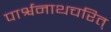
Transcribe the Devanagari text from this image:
पार्श्वनाथचरित्